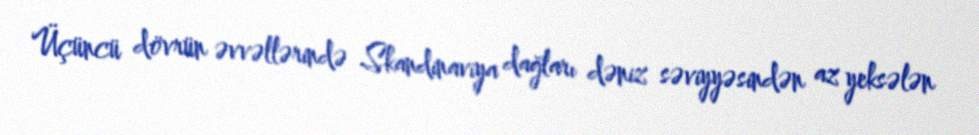
Üçüncü dövrün əvvəllərində Skandinaviya dağları dəniz səviyyəsindən az yeksələn